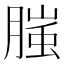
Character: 𭩂